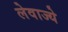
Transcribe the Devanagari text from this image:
लेवाज्ये